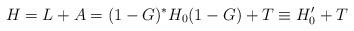
LaTeX: \begin{align*}H = L + A = (1-G)^* H_0 (1-G) + T \equiv H_0' + T\end{align*}